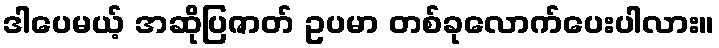
ဒါပေမယ့် အဆိုပြဇာတ် ဥပမာ တစ်ခုလောက်ပေးပါလား။